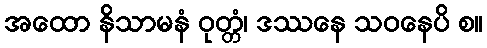
အထော နိသာမနံ ဝုတ္တံ၊ ဒဿနေ သဝနေပိ စ။